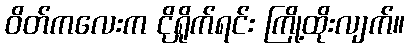
ဝိတ်ကလေးက ငိုရှိုက်ရင်း ကြို့ထိုးလျက်။